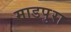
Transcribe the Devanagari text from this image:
माडपुरा